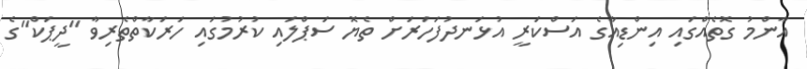
އާންމު ގޮތެއްގައި އިންޑިއާގެ އަސްކަރީ އުޅަނދުފަހަރަށް ތެޔޮ ސަޕްލައި ކުރުމުގައި ހަރަކާތްތެރިވާ "ދީޕަކް"ގެ